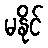
မနိုင်